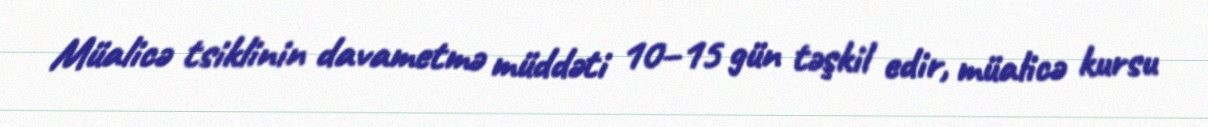
Müalicə tsiklinin davametmə müddəti 10–15 gün təşkil edir, müalicə kursu